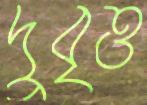
দুবৃত্ত